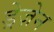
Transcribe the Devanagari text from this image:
ड्रेज़ेन